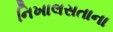
નિખાલસતાના